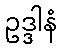
ဥဒ္ဒါနံ